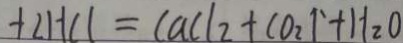
+ 2 H C l = C a C l _ { 2 } + C O _ { 2 } \uparrow + H _ { 2 } O